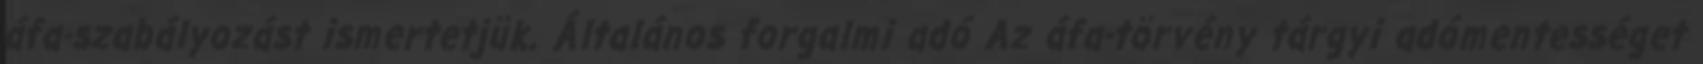
áfa-szabályozást ismertetjük. Általános forgalmi adó Az áfa-törvény tárgyi adómentességet